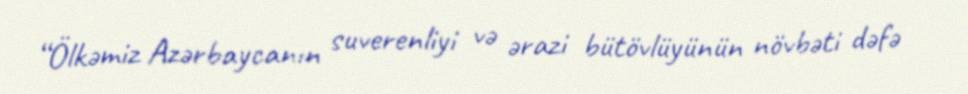
“Ölkəmiz Azərbaycanın suverenliyi və ərazi bütövlüyünün növbəti dəfə